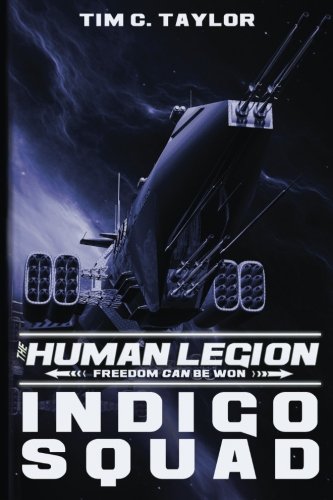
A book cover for Indigo Squad (The Human Legion) (Volume 2); Tim C. Taylor; Science Fiction & Fantasy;